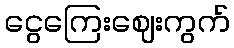
ငွေကြေးဈေးကွက်